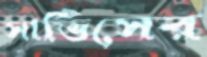
সার্ভিসের